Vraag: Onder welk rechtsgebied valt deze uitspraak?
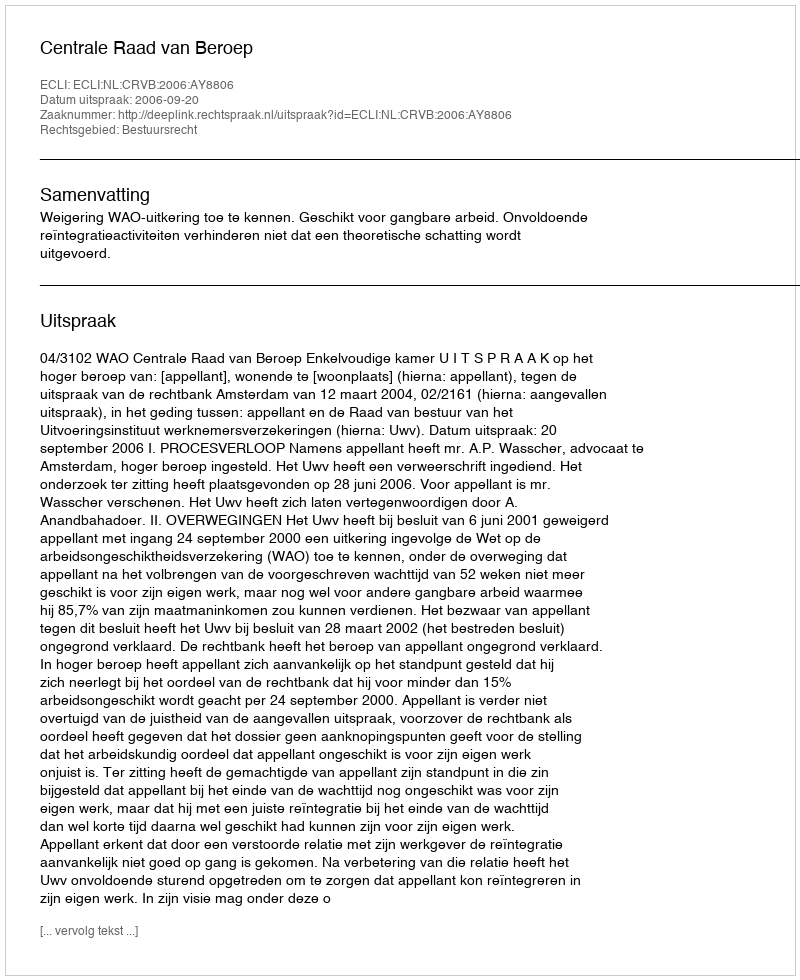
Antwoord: Bestuursrecht